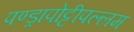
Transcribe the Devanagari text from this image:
पण्ड्रापोट्टीपल्लम